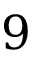
9